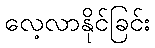
လေ့လာနိုင်ခြင်း